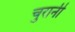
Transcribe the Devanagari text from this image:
चुरानी